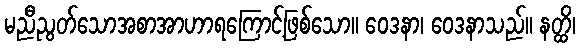
မညီညွတ်သောအစာအာဟာရကြောင့်ဖြစ်သော။ ဝေဒနာ၊ ဝေဒနာသည်။ နတ္ထိ၊